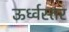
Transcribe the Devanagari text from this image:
ऊर्ध्वस्तर